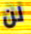
لن